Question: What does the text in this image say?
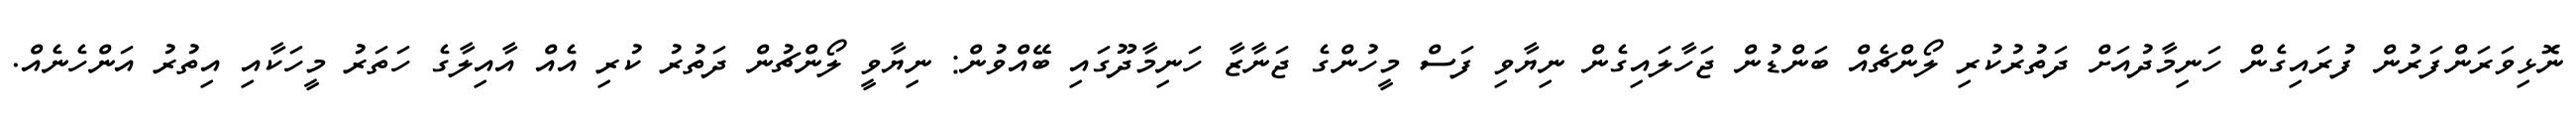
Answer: ނޮޅިވަރަންފަރުން ފުރައިގެން ހަނިމާދުއަށް ދަތުރުކުރި ލޯންޗެއް ބަންޑުން ޖަހާލައިގެން ނިޔާވި ފަސް މީހުންގެ ޖަނާޒާ ހަނިމާދޫގައި ބޭއްވުން: ނިޔާވީ ލޯންޗުން ދަތުރު ކުރި އެއް އާއިލާގެ ހަތަރު މީހަކާއި އިތުރު އަންހެނެއް.